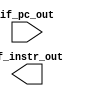
module IM(
	input [31:0]if_pc_out,
	output [31:0]if_instr_out
);

	

endmodule